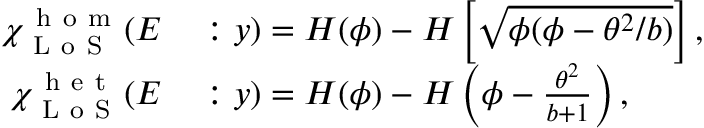
\begin{array} { r l } { \chi _ { \mathrm { ~ L ~ o ~ S ~ } } ^ { \mathrm { ~ h ~ o ~ m ~ } } ( E } & { { } : y ) = H ( \phi ) - H \left[ \sqrt { \phi ( \phi - \theta ^ { 2 } / b ) } \right] , } \\ { \chi _ { \mathrm { ~ L ~ o ~ S ~ } } ^ { \mathrm { ~ h ~ e ~ t ~ } } ( E } & { { } : y ) = H ( \phi ) - H \left( \phi - \frac { \theta ^ { 2 } } { b + 1 } \right) , } \end{array}